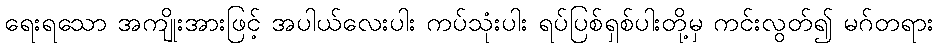
ရေးရသော အကျိုးအားဖြင့် အပါယ်လေးပါး ကပ်သုံးပါး ရပ်ပြစ်ရှစ်ပါးတို့မှ ကင်းလွတ်၍ မဂ်တရား